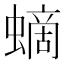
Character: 𧏸